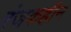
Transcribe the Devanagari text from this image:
रंजकहीन